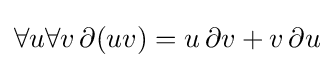
\forall u\forall v\,\partial (uv)=u\,\partial v+v\,\partial u